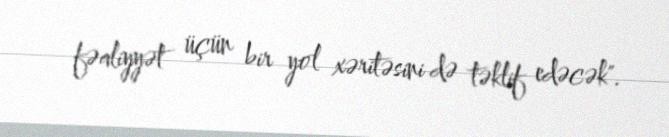
fəaliyyət üçün bir yol xəritəsini də təklif edəcək".